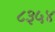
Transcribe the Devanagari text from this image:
८३५४